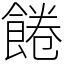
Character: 𩜇